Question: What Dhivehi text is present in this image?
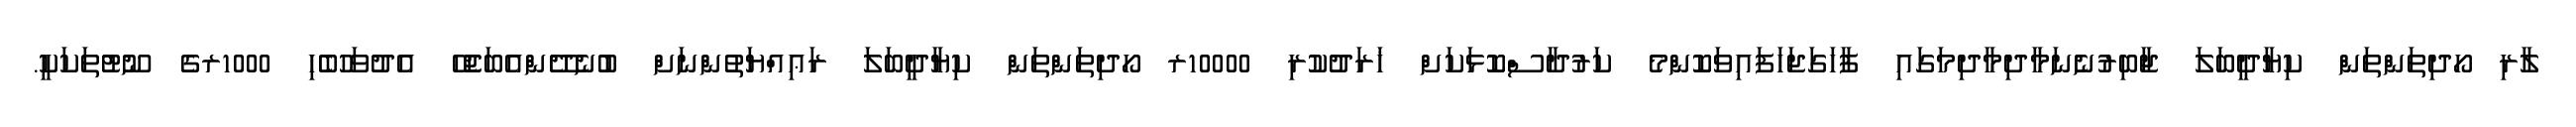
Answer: ލާރި ހޯދިތަންތަން ކިޔާދީބަލަ ޖާބިރުނެނަމާދިމާދިމަގައި ފާހަގަޖަހަފައިވަކޮންމެ ކަރުދާސްކޮޅަކަށް ޚަރަދުކުރި 10000ރ ހޯދިތަންތަން ކިޔާދީބަލަ ރަޢިއްޔަތުންނަށް ބުނެދޭންއެބަޖެހޭ އެދުވަހުބެހި 1000ރގެ ނޫޓުތަކަކީ.